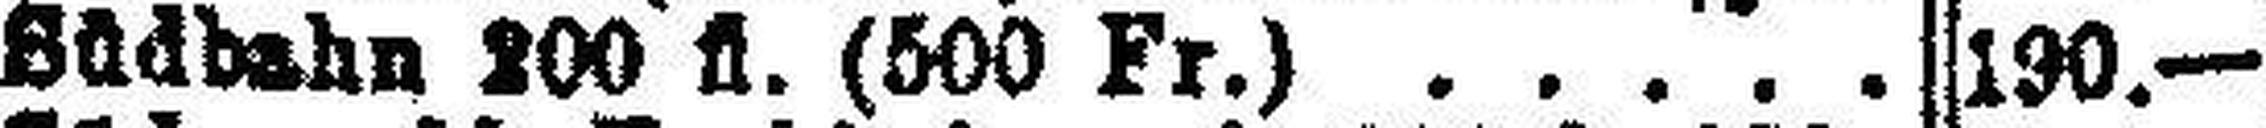
Büdbahn 200 fl. (500 Fr.)